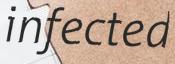
infected